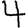
Digit: 4